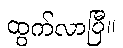
ထွက်လာပြီ။